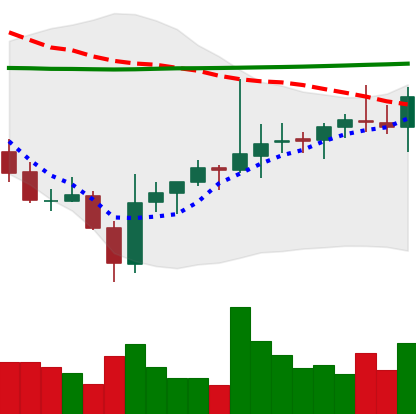
Ticker: ADA-USD
Chart end date: 2021-08-03
Forward return: 4.601%
Label: up_3_5